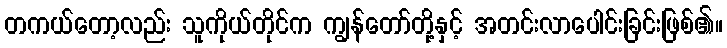
တကယ်တော့လည်း သူကိုယ်တိုင်က ကျွန်တော်တို့နှင့် အတင်းလာပေါင်းခြင်းဖြစ်၏။